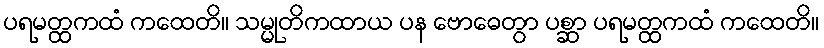
ပရမတ္ထကထံ ကထေတိ။ သမ္မုတိကထာယ ပန ဗောဓေတွာ ပစ္ဆာ ပရမတ္ထကထံ ကထေတိ။